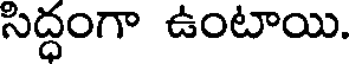
సిద్ధంగా ఉంటాయి.